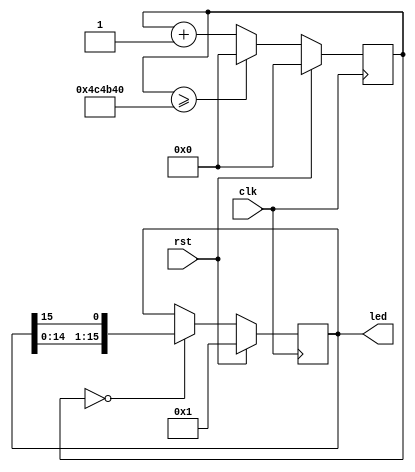
//***************************************************************
// Description: 
// Email: 
// Created Time: Wed 01 Mar 2023 07:13:21 PM CST
// Revision history:
//***************************************************************
module led_ring(
    input clk,
    input rst,
    output reg [15:0] led
);
    reg [31:0] count;
    always @(posedge clk) begin
      if (rst) begin 
          led <= 16'b1; 
          count <= 32'b0; 
      end else begin
        if (count == 0) led <= {led[14:0], led[15]};
        count <= (count >= 5000000 ? 32'b0 : count + 1);
      end
    end
endmodule